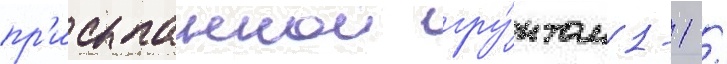
пр'исыпаннои гру́нтом 1-1 /